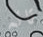
تائه